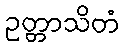
ဥတ္တာသိတံ